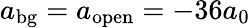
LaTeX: a_{\mathrm{bg}}=a_{\mathrm{open}}=-36a_{0}